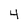
Character: 4